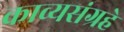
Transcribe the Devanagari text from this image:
काव्यसंग्रहे